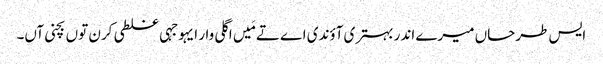
‏ ایس طرحاں میرے اندر بہتری آؤندی اے تے مَیں اگلی وار ایہو جہی غلطی کرن توں بچنی آں۔